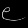
Digit: ၉